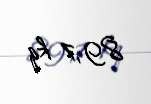
89,1 kq